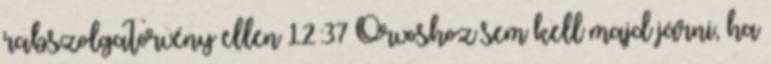
rabszolgatörvény ellen 12:37 Orvoshoz sem kell majd járni, ha